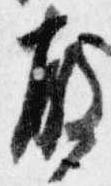
殿